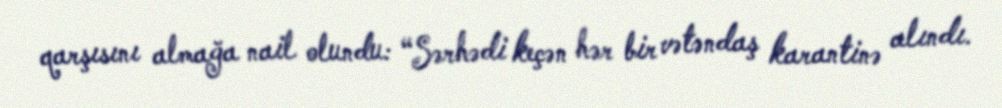
qarşısını almağa nail olundu: “Sərhədi keçən hər bir vətəndaş karantinə alındı.